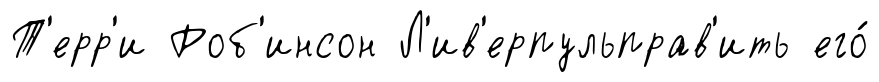
Т'ерр'и Роб'инсон Л'ив'ерпульправ'ить его́